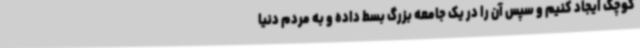
کوچک ایجاد کنیم و سپس آن را در یک جامعه بزرگ بسط داده و به مردم دنیا